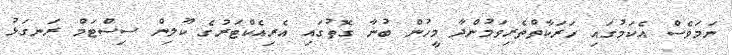
ނަމަވެސް އެކަމުގައި ހަރަކާތްތެރިވަމުންދާ މީހުން ބުނާ ގޮތުގައި އެރިއެކްޓަރުގެ ކޫލިން ސިސްޓަމް ރަނގަޅު